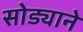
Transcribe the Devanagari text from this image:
सोड्याने